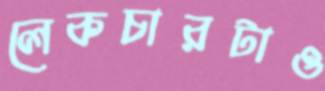
লেকচারটাও